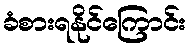
ခံစားရနိုင်ကြောင်း